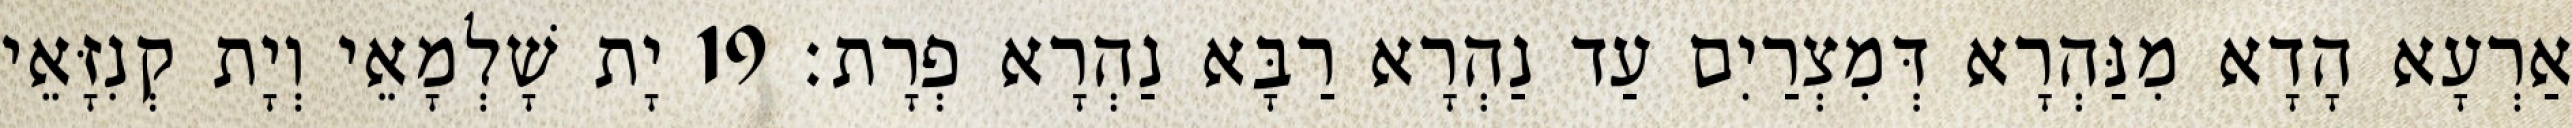
אַרְעָא הָדָא מִנַּהְרָא דְּמִצְרַיִם עַד נַהְרָא רַבָּא נַהְרָא פְרָת׃ 19 יָת שָׁלְמָאֵי וְיָת קְנִזָּאֵי